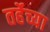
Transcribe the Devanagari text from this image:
तर्हेच्या